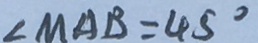
\angle M A B = 4 5 ^ { \circ }